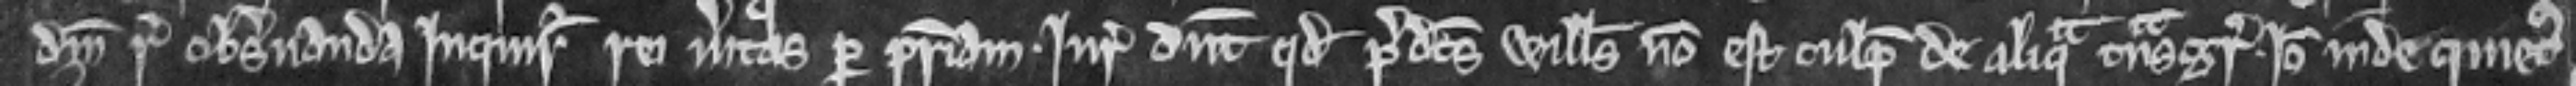
domini regis observanda inquiratur rei veritas per patriam. Juratores dicunt quod predictus Willelmus non est culpabilis de aliqua transgressione. Ideo inde quietus.